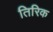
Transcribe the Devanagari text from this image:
तिरिक